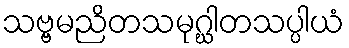
သဗ္ဗမညိတသမုဂ္ဃါတသပ္ပါယံ